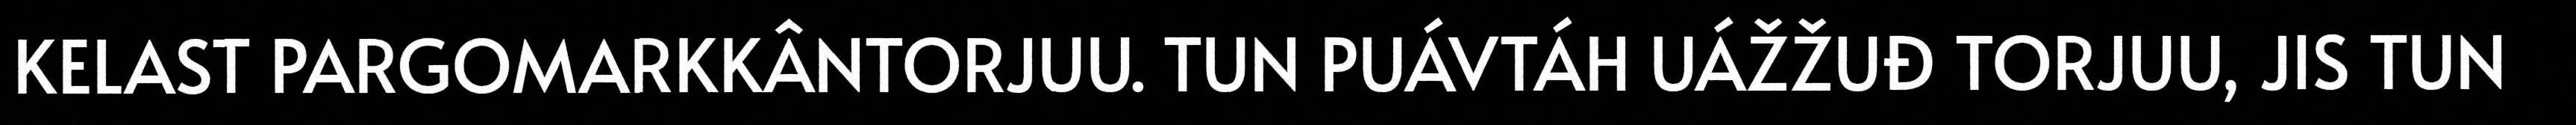
KELAST PARGOMARKKÂNTORJUU. TUN PUÁVTÁH UÁŽŽUĐ TORJUU, JIS TUN